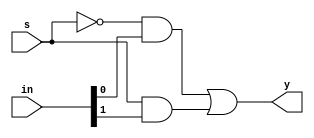
//A 2x1 multiplexer is defined in this module.

`timescale 1ns/1ps;
module mux2x1(y,in,s);
  input [1:0]in;
  input s;
  output reg y;
  always@(*)
    y=(~s)&in[0] | (s)&in[1];
endmodule